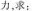
力，求：